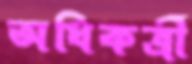
অধিকর্ত্রী